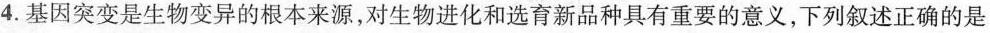
4.基因突变是生物变异的根本来源，对生物进化和选育新品种具有重要的意义，下列叙述正确的是